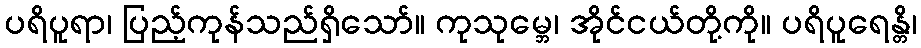
ပရိပူရာ၊ ပြည့်ကုန်သည်ရှိသော်။ ကုသုမ္ဘေ၊ အိုင်ငယ်တို့ကို။ ပရိပူရေန္တိ၊